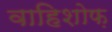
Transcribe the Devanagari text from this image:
वाहिशोफ़